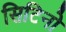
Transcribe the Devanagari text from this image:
सिटिनो